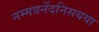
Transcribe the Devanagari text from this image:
नम्मवनेंदनिसयया